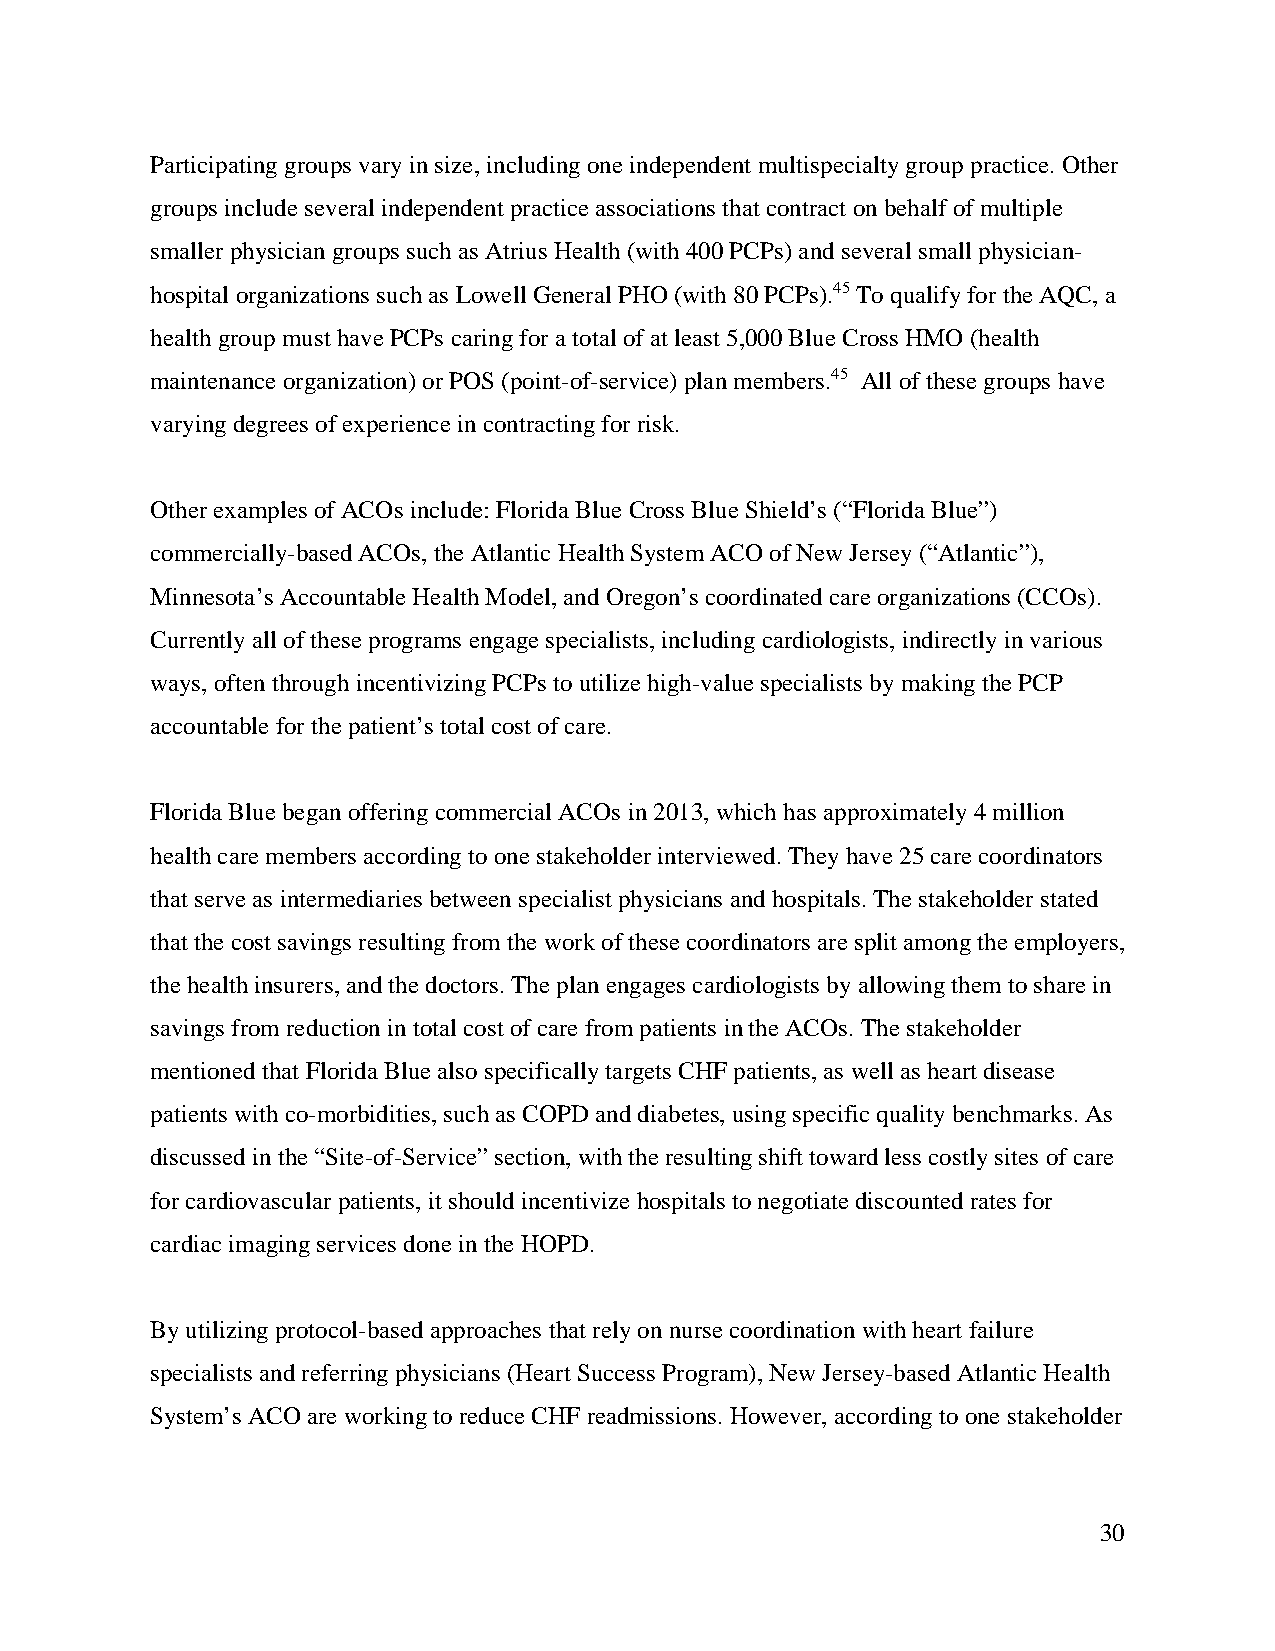
Participating groups vary in size, including one independent multispecialty group practice. Other
 groups include several independent practice associations that contract on behalf of multiple
 smaller physician groups such as Atrius Health (with 400 PCPs) and several small physician-
 hospital organizations such as Lowell General PHO (with 80 PCPs).45 To qualify for the AQC, a
 health group must have PCPs caring for a total of at least 5,000 Blue Cross HMO (health
 maintenance organization) or POS (point-of-service) plan members.45 All of these groups have
 varying degrees of experience in contracting for risk.
 Other examples of ACOs include: Florida Blue Cross Blue Shield’s (“Florida Blue”)
 commercially-based ACOs, the Atlantic Health System ACO of New Jersey (“Atlantic”),
 Minnesota’s Accountable Health Model, and Oregon’s coordinated care organizations (CCOs).
 Currently all of these programs engage specialists, including cardiologists, indirectly in various
 ways, often through incentivizing PCPs to utilize high-value specialists by making the PCP
 accountable for the patient’s total cost of care.
 Florida Blue began offering commercial ACOs in 2013, which has approximately 4 million
 health care members according to one stakeholder interviewed. They have 25 care coordinators
 that serve as intermediaries between specialist physicians and hospitals. The stakeholder stated
 that the cost savings resulting from the work of these coordinators are split among the employers,
 the health insurers, and the doctors. The plan engages cardiologists by allowing them to share in
 savings from reduction in total cost of care from patients in the ACOs. The stakeholder
 mentioned that Florida Blue also specifically targets CHF patients, as well as heart disease
 patients with co-morbidities, such as COPD and diabetes, using specific quality benchmarks. As
 discussed in the “Site-of-Service” section, with the resulting shift toward less costly sites of care
 for cardiovascular patients, it should incentivize hospitals to negotiate discounted rates for
 cardiac imaging services done in the HOPD.
 By utilizing protocol-based approaches that rely on nurse coordination with heart failure
 specialists and referring physicians (Heart Success Program), New Jersey-based Atlantic Health
 System’s ACO are working to reduce CHF readmissions. However, according to one stakeholder
 30